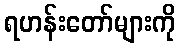
ရဟန်းတော်များကို